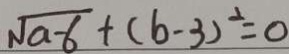
\sqrt { a - 6 } + ( b - 3 ) ^ { 2 } = 0